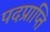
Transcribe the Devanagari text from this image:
पदप्राप्ति